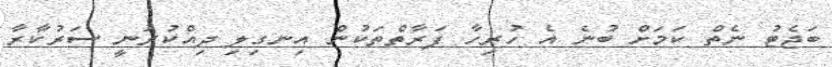
ބަޖެޓު ނެތް ކަމަށް ބުނެ އެ ހުރިހާ ފަރާތްތަކުން އިނގިލި ދިއްކުރަނީ ސަރުކާރާ